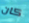
كان